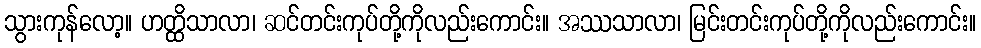
သွားကုန်လော့။ ဟတ္ထိသာလာ၊ ဆင်တင်းကုပ်တို့ကိုလည်းကောင်း။ အဿသာလာ၊ မြင်းတင်းကုပ်တို့ကိုလည်းကောင်း။